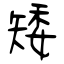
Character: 矮